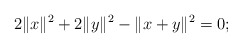
\begin{align*} 2\|x\|^2+2\|y\|^2 - \|x+y\|^2=0;\end{align*}